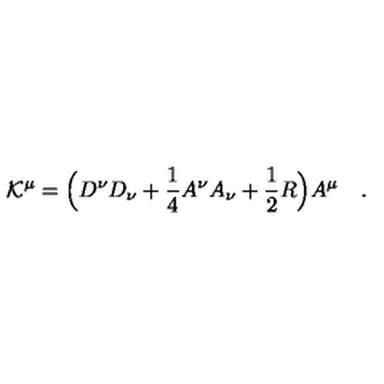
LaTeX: { \cal K } ^ { \mu } = \Big ( D ^ { \nu } D _ { \nu } + \frac { 1 } { 4 } A ^ { \nu } A _ { \nu } + \frac { 1 } { 2 } R \Big ) A ^ { \mu } \quad .